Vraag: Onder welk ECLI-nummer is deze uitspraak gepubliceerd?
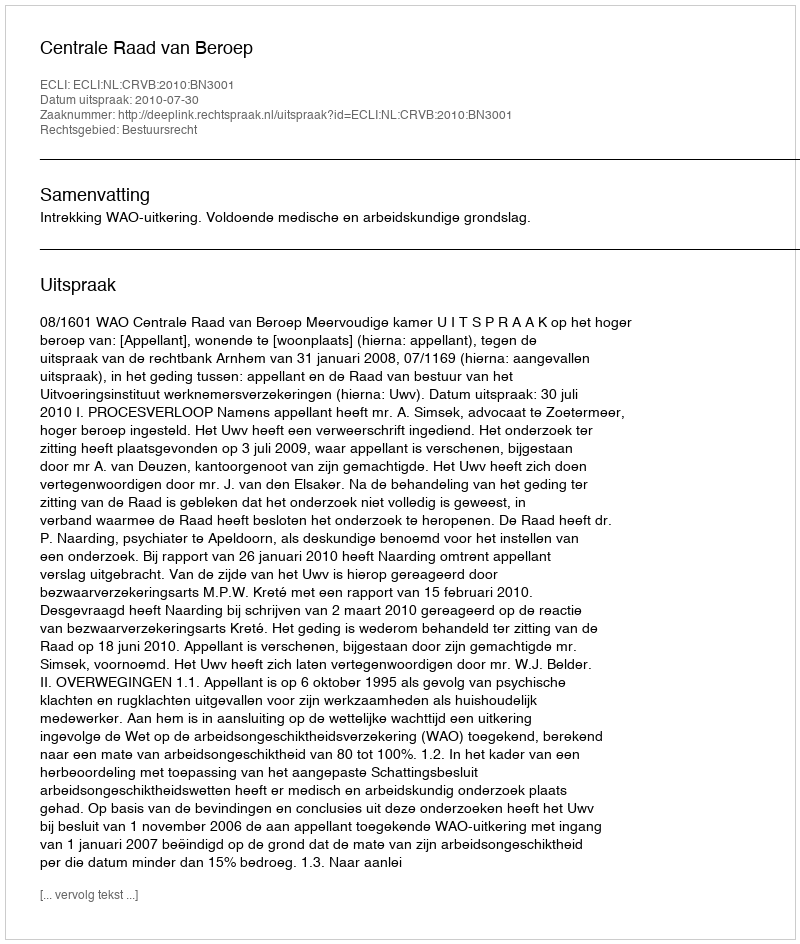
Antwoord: ECLI:NL:CRVB:2010:BN3001